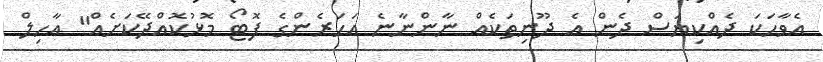
އެވާހަކަ ދެއްކިޔަސް ދެން އެ ދޫނިތަކެއް ނާންނާނެ އަހަރެންގެ ފޮޓޯ މޮޅުކޮއްދޭކަށެއް" އާހިލް